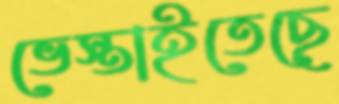
ভেস্তাইতেছে